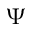
\Psi